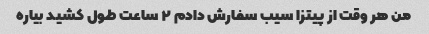
من هر وقت از پیتزا سیب سفارش دادم ٢ ساعت طول کشید بیاره